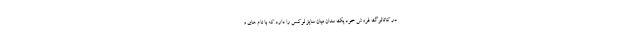
در کاتالوگ فروش خود یک سدان میان سایز لوکس را دارد که با نام های و